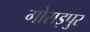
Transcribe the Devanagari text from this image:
गोराइपुर